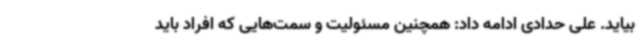
بیاید. علی حدادی ادامه داد: همچنین مسئولیت‌ و سمت‌هایی که افراد باید